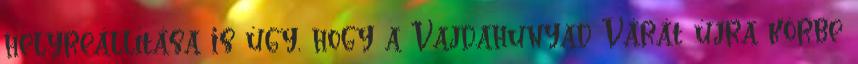
helyreállítása is úgy, hogy a Vajdahunyad Várát újra körbe